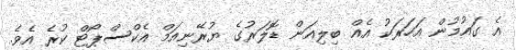
އެ ގައުމުން އަހަރަކު އެއް ބިލިއަން ޑޮލަރުގެ ޔުރޭނިއަމް އެކްސްޕޯޓް ކުރެ އެވެ.